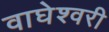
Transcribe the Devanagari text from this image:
वाघेश्वरी